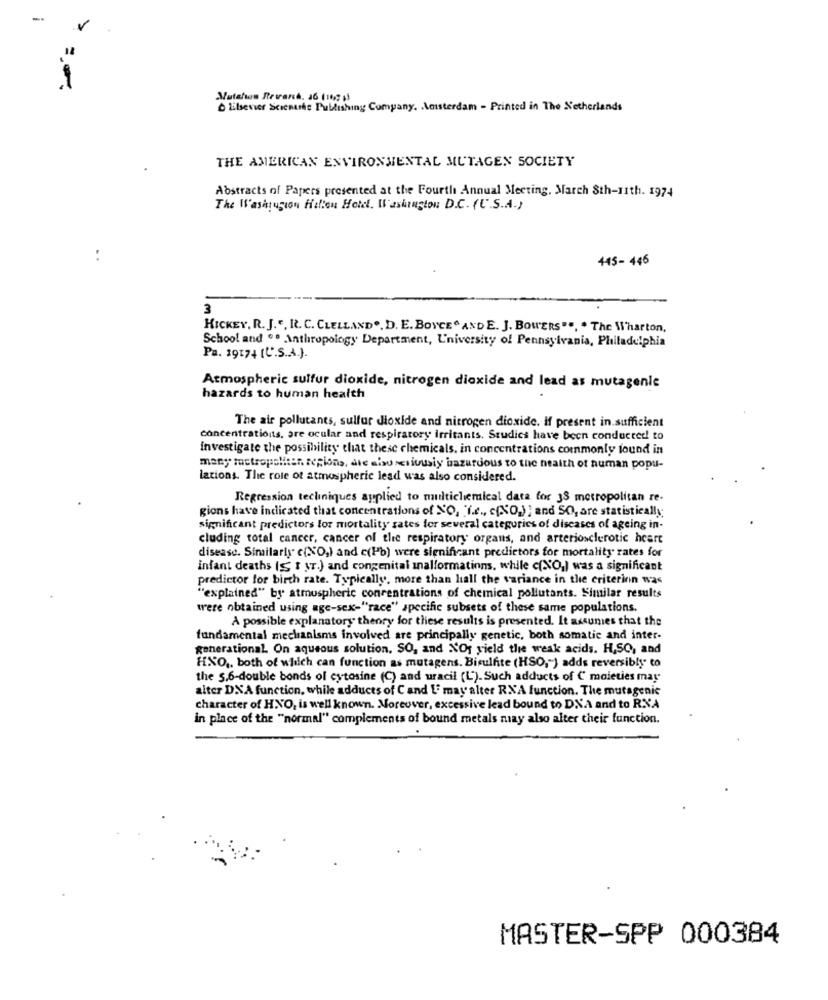
Mutation Revanch. 16 (16 1)
libserver Scienures Publishing Company. Aousterdam - Printed in The Netherlands
THE AMERICAN ENVIRONMENTAL MUTAGEN SOCIETY
Abstracts of Papers presented at the Fourth Annual Meeting, March 8th-11th. 1974
The Washrucion Helion Hotel. Washington D.C. (U.S.A.)
..
445- 446
3
HICKEY, R. J.", R. C. CLELLAND .. D. E. BOYCE" AND E. J. BOWERS"", " The Wharton,
School and ºº Anthropology Department, L'niversity of Pennsylvania, Philadelphia
Pa. 19174 [U.S.A.).
Atmospheric sulfur dioxide, nitrogen dioxide and lead as mutagenle
hazards to human health
The air pollutants, sulfur dioxide and nitrogen dioxide. If present in.sufficient
concentrationis, are ocular and respiratory irritants. Studies have been conducted! to
investigate the possibility that these chemicals, in concentrations commonly found in
many metropoliter recions, die alsdresiously hazardous to the health of human popu-
lations. The role of atmospheric lead was also considered.
Regression techniques applied to multichemical data for 33 metropolitan re-
gions have indicated that concentrations of NO, "i.e ., c. O.); and SO, are statistically
significant predictors lor mortality rates for several categories of diseases of ageing in-
cluding total cancer, cancer of the respiratory organs, and arteriosclerotic heart
disease. Similarly c(NO,) and c(Pb) were significant predictors for mortality rates for
infant deaths (S IST.) and congenital malformations, while c(NO) was a significant
predictor for birth rate. Typically, more than hall the variance in the criterion was
""explained" by atmospheric concentrations of chemical pollutants. Similar results
were obtained using age-sex-"race" specific subsets of these same populations.
A possible explanatory theory for these results is presented. It assumes that the
fundamental mechanisms involved are principally genetic, both somatic and inter-
generational. On aqueous solution. SO, and NOf yield the weak acids. H,SO, and
HNO ,, both of which can function as mutagens. Bisulfite (HSO ,- ) adds reversibly" to
the 5,6-double bonds of cytosine (C) and uracil (L). Such adducts of C moieties may
alter DXA function, while adducts of C and L may alter RXA function. The mutagenic
character of HNO, is well known. Moreover, excessive lead bound to DNA and to RXA
in place of the "normal" complements of bound metals may also alter their function.
.
MASTER-SPP 000384